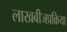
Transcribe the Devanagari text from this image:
लाखबीजप्रक्रिया